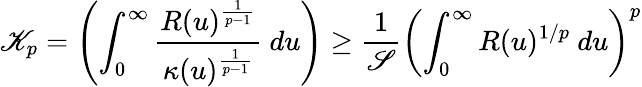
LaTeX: \mathscr{K}_{p}=\left(\int_{0}^{\infty}\frac{R(u)^{\frac{1}{p-1}}}{\kappa(u)^{\frac{1}{p-1}}}~du\right)\geq\frac{1}{\mathscr{S}}\left(\int_{0}^{\infty}R(u)^{1/p}~du\right)^{p}